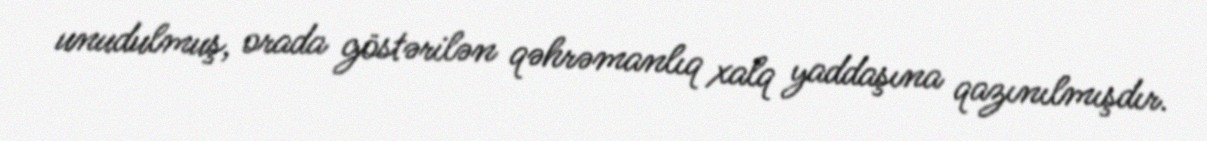
unudulmuş, orada göstərilən qəhrəmanlıq xalq yaddaşına qazınılmışdır.